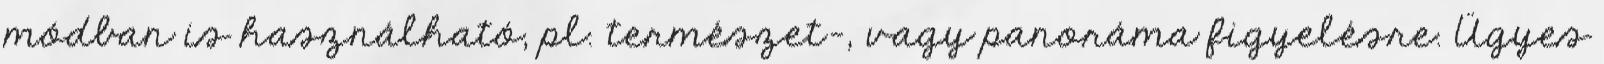
módban is használható, pl. természet-, vagy panoráma figyelésre. Ügyes